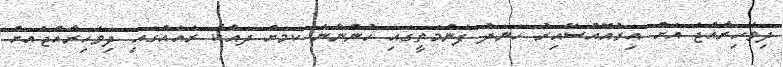
ދިވެހިރާއްޖެ އަށް އިރުއޮއްސޭއިރު ހަނދު ފެންމަތީގައި ހުންނާނެ ކަމަށް ދައްކާ ރެއެއްގައި ދިވެހިރާއްޖެއަށް